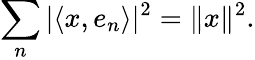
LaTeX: \sum_{n}|\langle x,e_{n}\rangle|^{2}=\| x\| ^{2}.